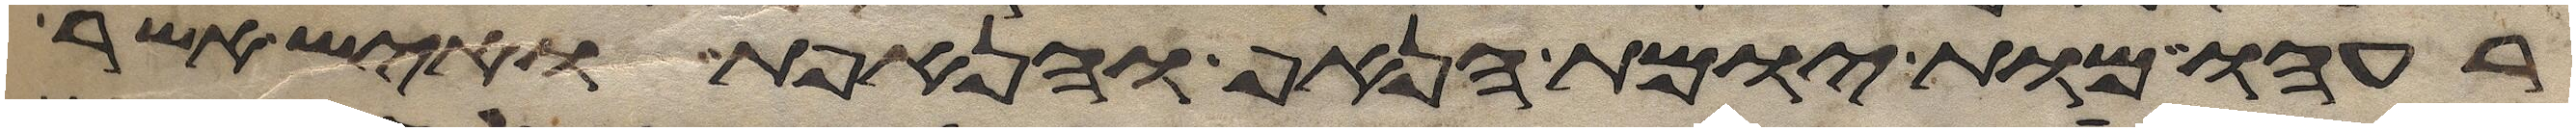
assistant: רעהו מות יומת הנאף והנאפת ואיש אשר